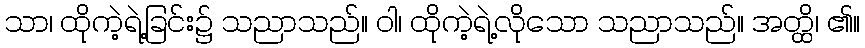
သာ၊ ထိုကဲ့ရဲ့ခြင်း၌ သညာသည်။ ဝါ၊ ထိုကဲ့ရဲ့လိုသော သညာသည်။ အတ္ထိ၊ ၏။